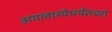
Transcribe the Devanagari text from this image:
अमावास्येपर्यंतच्या